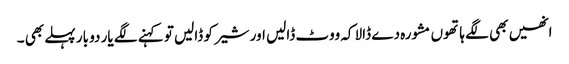
انھیں بھی لگے ہاتھوں مشورہ دے ڈالا کہ ووٹ ڈالیں اور شیر کو ڈالیں تو کہنے لگے یار دو بار پہلے بھی ۔